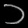
Digit: ၁